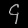
Digit: ၄